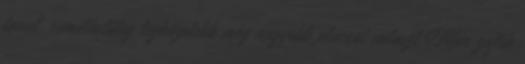
tanul, remélhetőleg legközelebb még nagyobb placcot választ Már zajlik